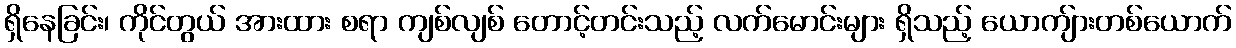
ရှိနေခြင်း၊ ကိုင်တွယ် အားထား စရာ ကျစ်လျစ် တောင့်တင်းသည့် လက်မောင်းများ ရှိသည့် ယောကျ်ားတစ်ယောက်